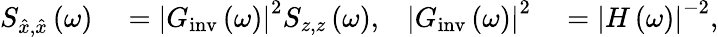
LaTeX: \begin{array}{rlrl}{S_{\hat{x},\hat{x}}\left(\omega\right)}&{{}=\left|G_{\mathrm{inv}}\left(\omega\right)\right|^{2}S_{z,z}\left(\omega\right),}&{\left|G_{\mathrm{inv}}\left(\omega\right)\right|^{2}}&{{}=\left|H\left(\omega\right)\right|^{-2},}\end{array}